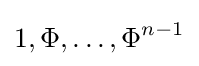
1,\Phi ,\ldots ,\Phi ^{n-1}